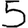
Digit: 5